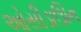
ઓસીડાઊન